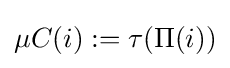
\mu C(i):=\tau (\Pi (i))